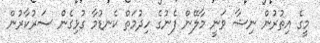
މީގެ އިތުރުން ނިޝާ ވަނީ މާލޭން ފެނުގެ ހިދުމަތް ކެނޑުމާ ގުޅިގެން ސަރުކާރުން